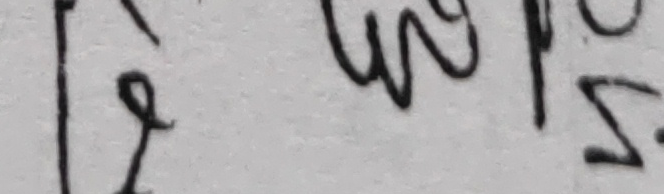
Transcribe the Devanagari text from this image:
२३५५